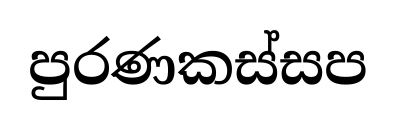
පුරණකස්සප